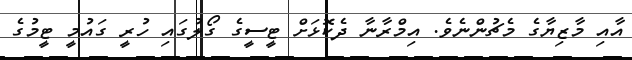
އާއި މާޒިޔާގެ މެޗުންނެވެ. އިމްރާނާ ދެކޮޅަށް ޓީސީގެ ގޯލުގައި ހުރީ ގައުމީ ޓީމުގެ